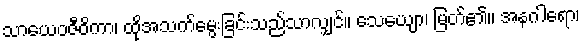
သာယေဝဇီဝိကာ၊ ထိုအသက်မွေးခြင်းသည်သာလျှင်။ သေယျော၊ မြတ်၏။ အနဂါရော၊